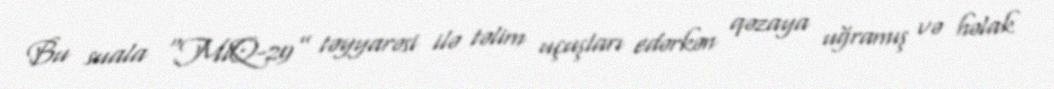
Bu suala “MiQ-29” təyyarəsi ilə təlim uçuşları edərkən qəzaya uğramış və həlak